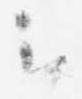
云